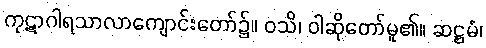
ကုဋာဂါရသာလာကျောင်းတော်၌။ ဝသိ၊ ဝါဆိုတော်မူ၏။ ဆဋ္ဌမံ၊